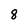
Character: 8